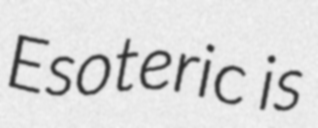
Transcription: Esoteric is